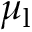
\mu _ { \mathrm { l } }